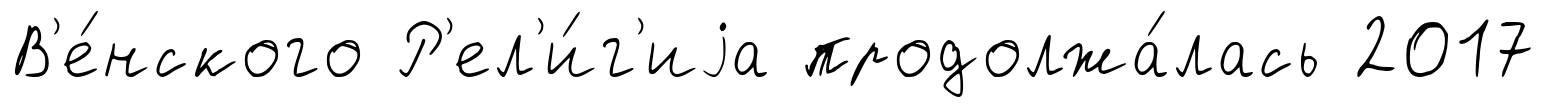
В'е́нского Р'ел'и́г'иjа продолжа́лась 2017